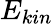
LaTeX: E_{kin}